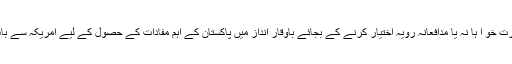
اس دورے پر معذرت خو ا ہا نہ یا مدافعانہ رویہ اختیار کرنے کے بجائے باوقار انداز میں پاکستان کے اہم مفادات کے حصول کے لیے امریکہ سے بات چیت کی جائے۔